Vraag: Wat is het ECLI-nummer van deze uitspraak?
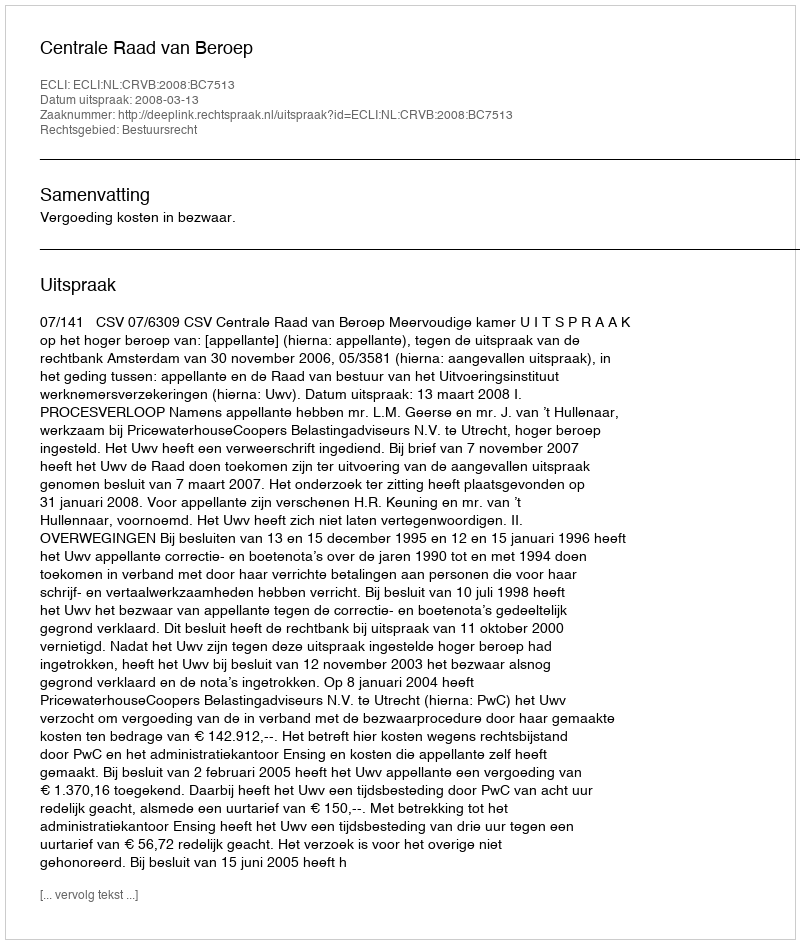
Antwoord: ECLI:NL:CRVB:2008:BC7513